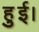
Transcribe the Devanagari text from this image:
हुुुुई।